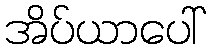
အိပ်ယာပေါ်